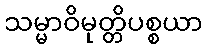
သမ္မာဝိမုတ္တိပစ္စယာ